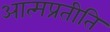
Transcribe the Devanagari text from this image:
आत्मप्रतीति